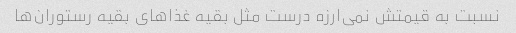
نسبت به قیمتش نمی‌ارزه درست مثل بقیه غذاهای بقیه رستوران‌ها